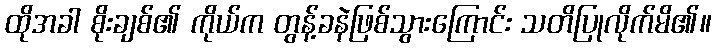
ထိုအခါ စိုးချစ်၏ ကိုယ်က တွန့်ခနဲဖြစ်သွားကြောင်း သတိပြုလိုက်မိ၏။